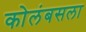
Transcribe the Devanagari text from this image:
कोलंबसला